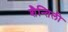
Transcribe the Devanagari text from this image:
शैन्तिली